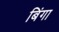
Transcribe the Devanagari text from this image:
बिंगा